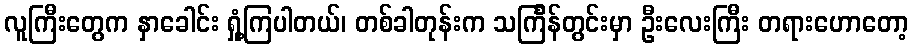
လူကြီးတွေက နှာခေါင်း ရှုံ့ကြပါတယ်၊ တစ်ခါတုန်းက သင်္ကြန်တွင်းမှာ ဦးလေးကြီး တရားဟောတော့